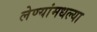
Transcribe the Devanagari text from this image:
लेण्यांमधल्या